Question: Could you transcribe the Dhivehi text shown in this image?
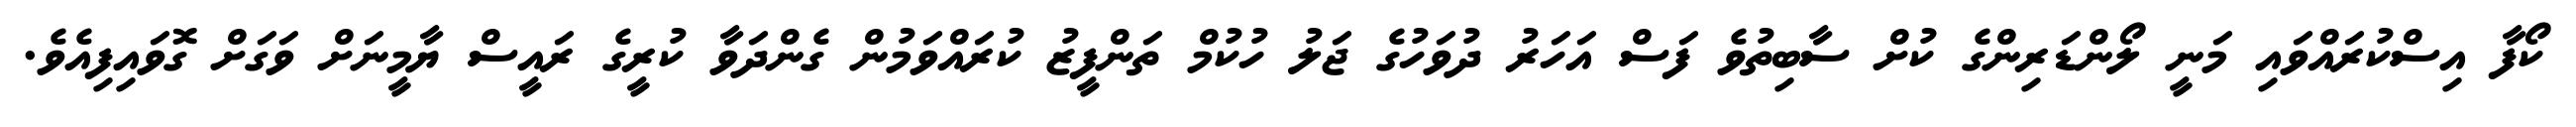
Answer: ކޯފާ އިސްކުރައްވައި މަނީ ލޯންޑަރިންގެ ކުށް ސާބިތުވެ ފަސް އަހަރު ދުވަހުގެ ޖަލު ހުކުމް ތަންފީޒު ކުރައްވަމުން ގެންދަވާ ކުރީގެ ރައީސް ޔާމީނަށް ވަގަށް ގޮވައިފިއެވެ.